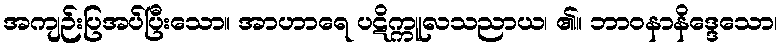
အကျဉ်းပြအပ်ပြီးသော။ အာဟာရေ ပဋိက္ကူလသညာယ၊ ၏။ ဘာဝနာနိဒ္ဒေသော၊